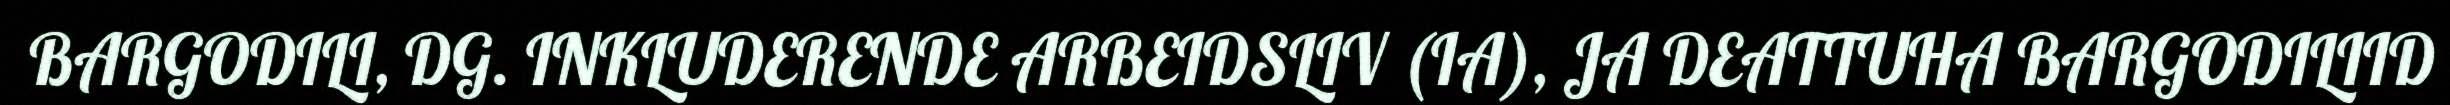
BARGODILI, DG. INKLUDERENDE ARBEIDSLIV (IA), JA DEATTUHA BARGODILIID